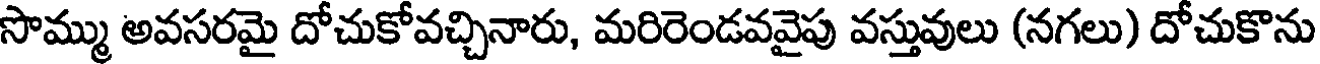
సొమ్ము అవసరమై దోచుకోవచ్చినారు, మరిరెండవవైపు వస్తువులు (నగలు) దోచుకొను